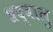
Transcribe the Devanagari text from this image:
श्रद्वालु